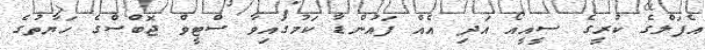
އެޕަލްގެ ކުރީގެ ސީއީއޯ އަދި އެއް ފައުންޑާ ކަމުގައިވާ ސްޓީވް ޖޮބްސްގެ ހަޔާތުގެ